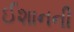
ઈશાનની